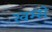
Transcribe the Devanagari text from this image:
खम्से